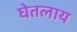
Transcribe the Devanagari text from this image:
घेतलाय